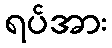
ရပ်အား